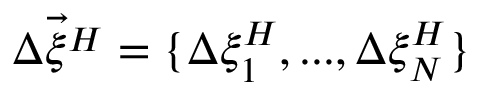
\vec { \Delta \xi ^ { H } } = \{ \Delta \xi _ { 1 } ^ { H } , . . . , \Delta \xi _ { N } ^ { H } \}